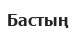
Бастың